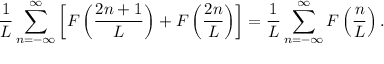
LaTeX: \frac { 1 } { L } \sum _ { n = - \infty } ^ { \infty } \left[ F \left( \frac { 2 n + 1 } { L } \right) + F \left( \frac { 2 n } { L } \right) \right] = \frac { 1 } { L } \sum _ { n = - \infty } ^ { \infty } F \left( \frac { n } { L } \right) .